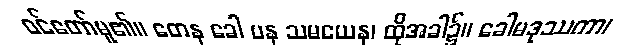
ဝင်တော်မူ၏။ တေန ခေါ ပန သမယေန၊ ထိုအခါ၌။ ခေါမဒုဿကာ၊